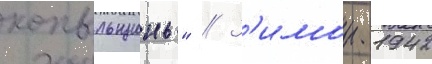
копыльщины" // З'имои 1942